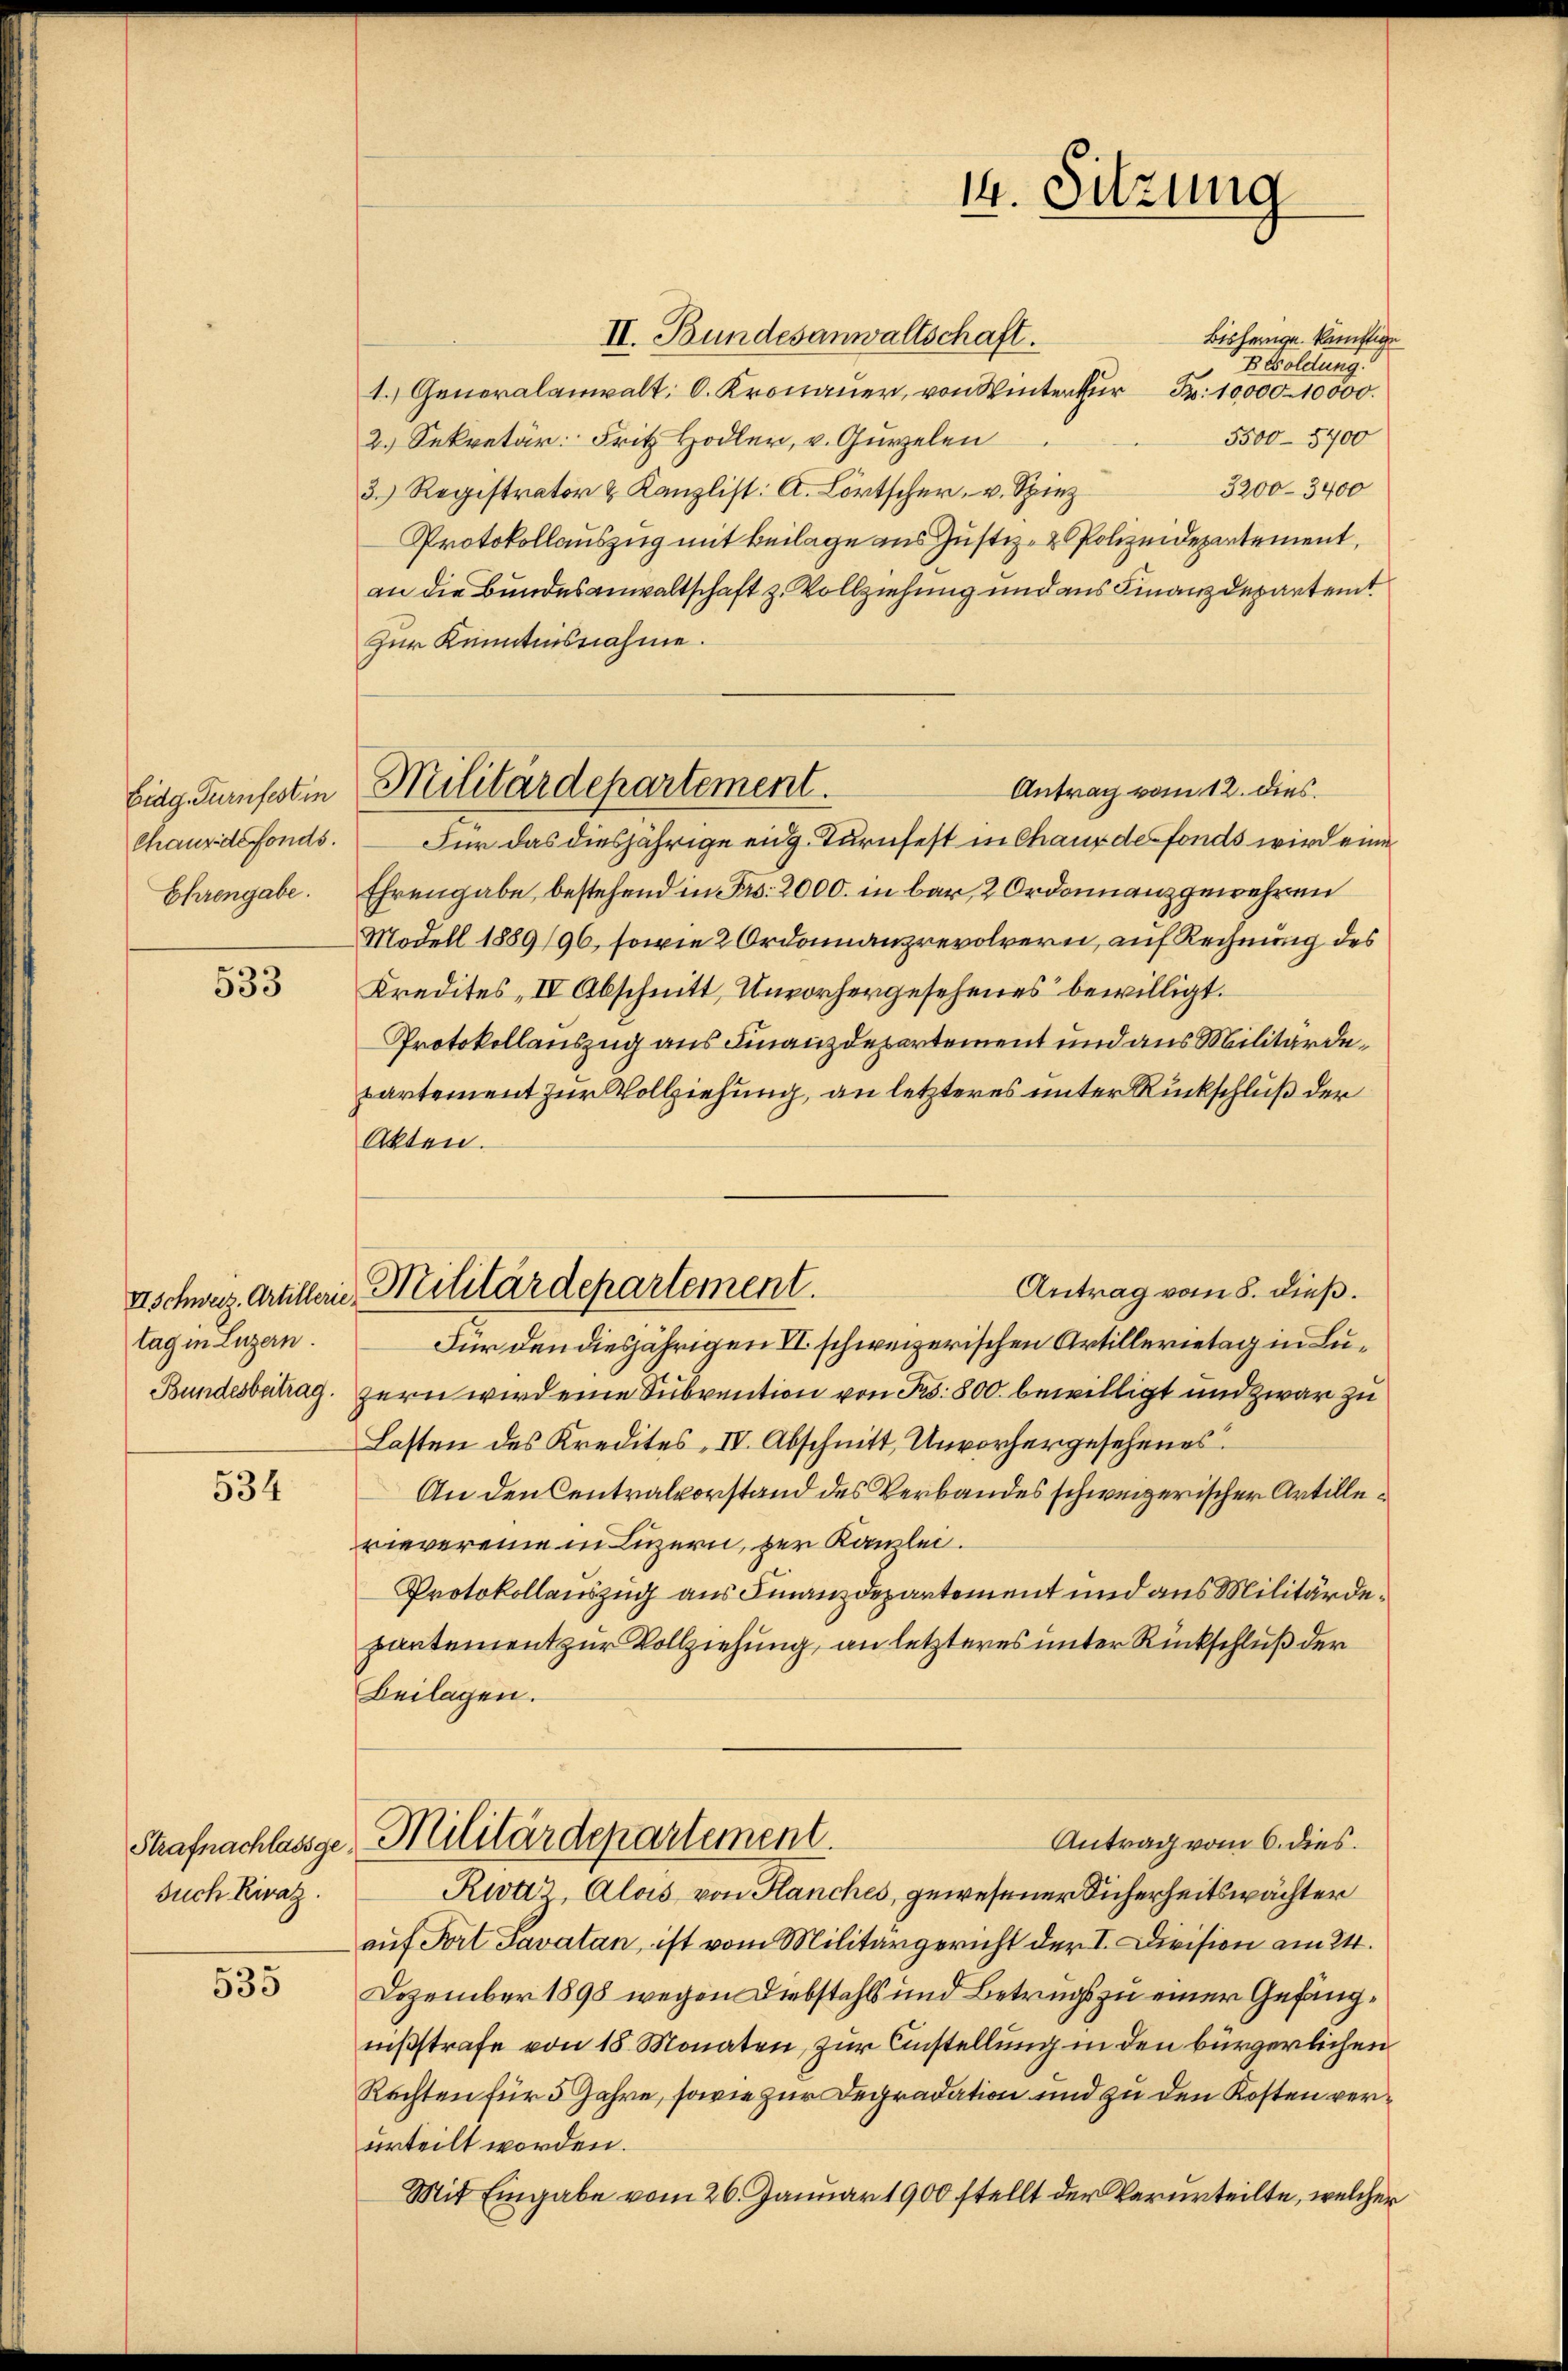
Eidg. Turnfest in
Chaus defonds.
Ehrengabe.

533

tag in Luzern.
Bundesbeitrag.

534

such Kiraz.

535

II. Bundesanwaltschaft.
Bisherige künftige
B Goldung.
1. Generalanwalt. C. Kronauer, von Winter für Fr. 10,000 - 10000.
5500-5700
2.) Sekretär: Fritz Hodler, v. Gurzelen
3200-3400
3. Registrator & Kanzlist: A. Lörtscher v. Spiez
Protokollauszug mit Beilage aus Justiz- & Polizeidepartement
an die Bundesanwaltschaft z. Vollziehung und aus Finanzdepartemt
Zur Kenntnisnahme.
Antrag vom 12. dies
Für das diesjährige eidg. Turnfest in Chaux des fonds wird eine
Ehrengabe bestehend in Fr. 2000. in bar, 2 Ordonanzgewehren
Modell 1889/96, sowie 2 Ordonnanzrevolrern, auf Rechnung des
Kredites IV Abschnitt, Unvorhergesehenes bewilligt.
Protokollauszug aus Finanzdepartement und aus Militärdepartement zur Vollziehung, an letzteres unter Rückschluß der
Akten.
Antrag vom 8. dieß.
Für den diesjährigen VI. schweizerischen Artillerietag in Luzern wird eine Subvention von Fr. 800. bewilligt und zwar zu
Lasten des Kredites IV. Abschnitt, Unvorhergesehenes
An den Centralvorstand des Verbandes schweizerischer Artillerievereine in Luzern, der Kamlei.
Protokollauszug aus Finanzdepartement und aus Militärdepartement zur Vollziehung, an letzteres unter Rückschluß der
Beilagen.
Antrag vom 6. dies
Strafnachlassige Militärdepartement.
Riz Alois von Hanches, gewesener Sicherheitswächter
auf Fort Savatan, ist vom Militärgericht der I. Division am 24.
Dezember 1898 wegen Diebstahls und Betrugs zu einer Gefängnißstrafe von 18. Monaten, zur Anstellung in den bürgerlichen
Rechten für 5 Jahre, sowie zur Degradation und zu den Kosten verurteilt worden.
Mit Eingabe vom 26. Januar 1900 stellt der Verurteilte, welcher

Militärdepartement.

IIschwaz Artillerie Militärdepartement.

14. Sitzung